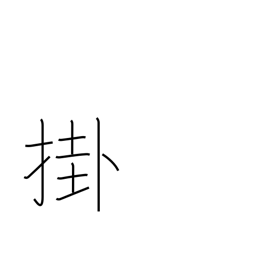
Meaning: arrive at